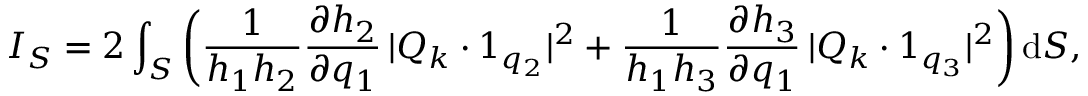
I _ { S } = 2 \int _ { S } \left( \frac { 1 } { h _ { 1 } h _ { 2 } } \frac { \partial h _ { 2 } } { \partial q _ { 1 } } \, | \boldsymbol { Q } _ { k } \boldsymbol { \cdot } \boldsymbol { 1 } _ { q _ { 2 } } | ^ { 2 } + \frac { 1 } { h _ { 1 } h _ { 3 } } \frac { \partial h _ { 3 } } { \partial q _ { 1 } } \, | \boldsymbol { Q } _ { k } \boldsymbol { \cdot } \boldsymbol { 1 } _ { q _ { 3 } } | ^ { 2 } \right) \mathrm { d } S ,